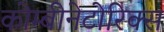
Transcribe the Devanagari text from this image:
कोम्बीनेटोरिक्स